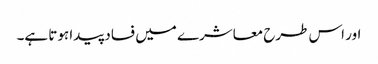
اور اس طرح معاشرے میں فساد پیدا ہوتا ہے۔